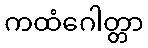
ကထံဂေါတ္တာ